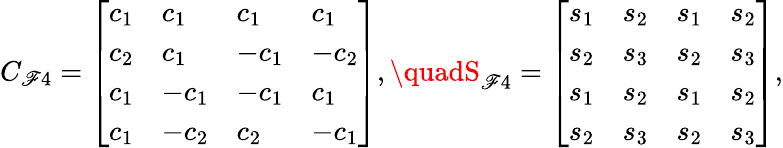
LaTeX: C_{\mathscr{F}4}=\left[\begin{array}{llll}{c_{1}}&{c_{1}}&{c_{1}}&{c_{1}}\\ {c_{2}}&{c_{1}}&{-c_{1}}&{-c_{2}}\\ {c_{1}}&{-c_{1}}&{-c_{1}}&{c_{1}}\\ {c_{1}}&{-c_{2}}&{c_{2}}&{-c_{1}}\end{array}\right],\quadS_{\mathscr{F}4}=\left[\begin{array}{llll}{s_{1}}&{s_{2}}&{s_{1}}&{s_{2}}\\ {s_{2}}&{s_{3}}&{s_{2}}&{s_{3}}\\ {s_{1}}&{s_{2}}&{s_{1}}&{s_{2}}\\ {s_{2}}&{s_{3}}&{s_{2}}&{s_{3}}\end{array}\right],